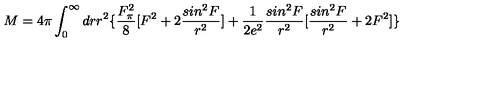
M = 4 \pi \int _ { 0 } ^ { \infty } d r r ^ { 2 } \{ \frac { F _ { \pi } ^ { 2 } } { 8 } [ F ^ { 2 } + 2 \frac { s i n ^ { 2 } F } { r ^ { 2 } } ] + \frac { 1 } { 2 e ^ { 2 } } \frac { s i n ^ { 2 } F } { r ^ { 2 } } [ \frac { s i n ^ { 2 } F } { r ^ { 2 } } + 2 F ^ { 2 } ] \}